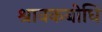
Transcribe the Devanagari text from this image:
श्रावकबोधि